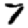
Digit: 7